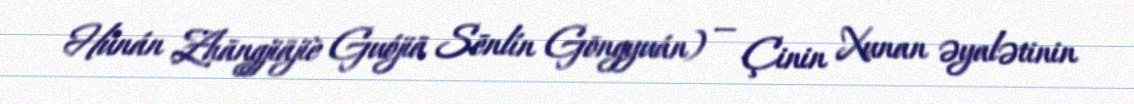
Húnán Zhāngjiājiè Guójiā Sēnlín Gōngyuán) — Çinin Xunan əyalətinin